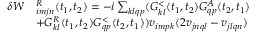
\begin{array} { r l } { \delta W } & { ^ R _ { i m j n } ( t _ { 1 } , t _ { 2 } ) = - i \sum _ { k l q p } ( G _ { k l } ^ { < } ( t _ { 1 } , t _ { 2 } ) G _ { q p } ^ { A } ( t _ { 2 } , t _ { 1 } ) } \\ & { + G _ { k l } ^ { R } ( t _ { 1 } , t _ { 2 } ) G _ { q p } ^ { < } ( t _ { 2 } , t _ { 1 } ) ) v _ { i m p k } ( 2 v _ { j n q l } - v _ { j l q n } ) } \end{array}